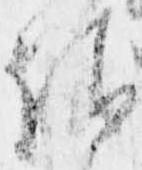
請